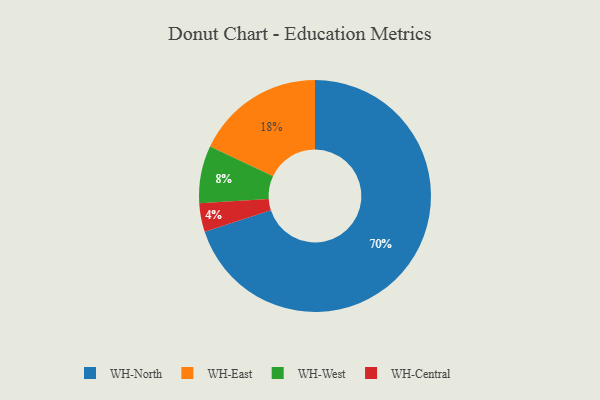
{"axis": {"x": "Category", "y": "Percentage"}, "legend": ["WH-Central", "WH-East", "WH-North", "WH-West"], "data": [{"x": "WH-North", "y": 70, "type": "WH-North"}, {"x": "WH-East", "y": 18, "type": "WH-East"}, {"x": "WH-West", "y": 8, "type": "WH-West"}, {"x": "WH-Central", "y": 4, "type": "WH-Central"}]}